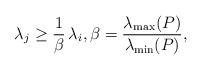
LaTeX: \begin{align*}\lambda_j\ge \frac{1}{\beta} \, \lambda_i, \beta=\frac{\lambda_{\rm max}(P)}{\lambda_{\rm min}(P)},\end{align*}